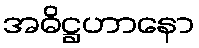
အဓိဋ္ဌဟာနော